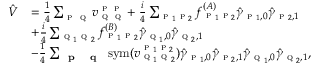
\begin{array} { r l } { \hat { V } } & { = \frac { 1 } { 4 } \sum _ { \textsc { p } \textsc { q } } v _ { \textsc { q } \textsc { q } } ^ { \textsc { p } \textsc { p } } + \frac { i } { 4 } \sum _ { \substack { \textsc { p } _ { 1 } \textsc { p } _ { 2 } } } f _ { \textsc { p } _ { 1 } \textsc { p } _ { 2 } } ^ { ( A ) } \hat { \gamma } _ { \textsc { p } _ { 1 } , 0 } \hat { \gamma } _ { \textsc { p } _ { 2 } , 1 } } \\ & { + \frac { i } { 4 } \sum _ { \substack { \textsc { q } _ { 1 } \textsc { q } _ { 2 } } } f _ { \textsc { p } _ { 1 } \textsc { p } _ { 2 } } ^ { ( B ) } \hat { \gamma } _ { \textsc { q } _ { 1 } , 0 } \hat { \gamma } _ { \textsc { q } _ { 2 } , 1 } } \\ & { - \frac { 1 } { 4 } \sum _ { \substack { \textbf { \textsc { p } } \textbf { \textsc { q } } } } \mathrm { s y m } ( v _ { \textsc { q } _ { 1 } \textsc { q } _ { 2 } } ^ { \textsc { p } _ { 1 } \textsc { p } _ { 2 } } ) \hat { \gamma } _ { \textsc { p } _ { 1 } , 0 } \hat { \gamma } _ { \textsc { p } _ { 2 } , 1 } \hat { \gamma } _ { \textsc { q } _ { 1 } , 0 } \hat { \gamma } _ { \textsc { q } _ { 2 } , 1 } , } \end{array}